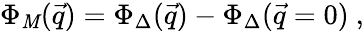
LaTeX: \Phi_{\mathit{M}}(\vec{{q}})=\Phi_{\Delta}(\vec{{q}})-\Phi_{\Delta}(\vec{{q}}=0)~,